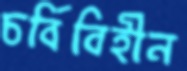
চর্বিবিহীন